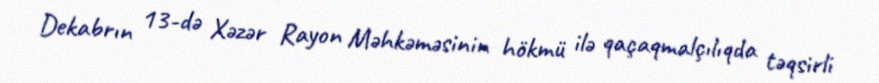
Dekabrın 13-də Xəzər Rayon Məhkəməsinin hökmü ilə qaçaqmalçılıqda təqsirli